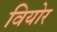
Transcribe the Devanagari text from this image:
वियोर